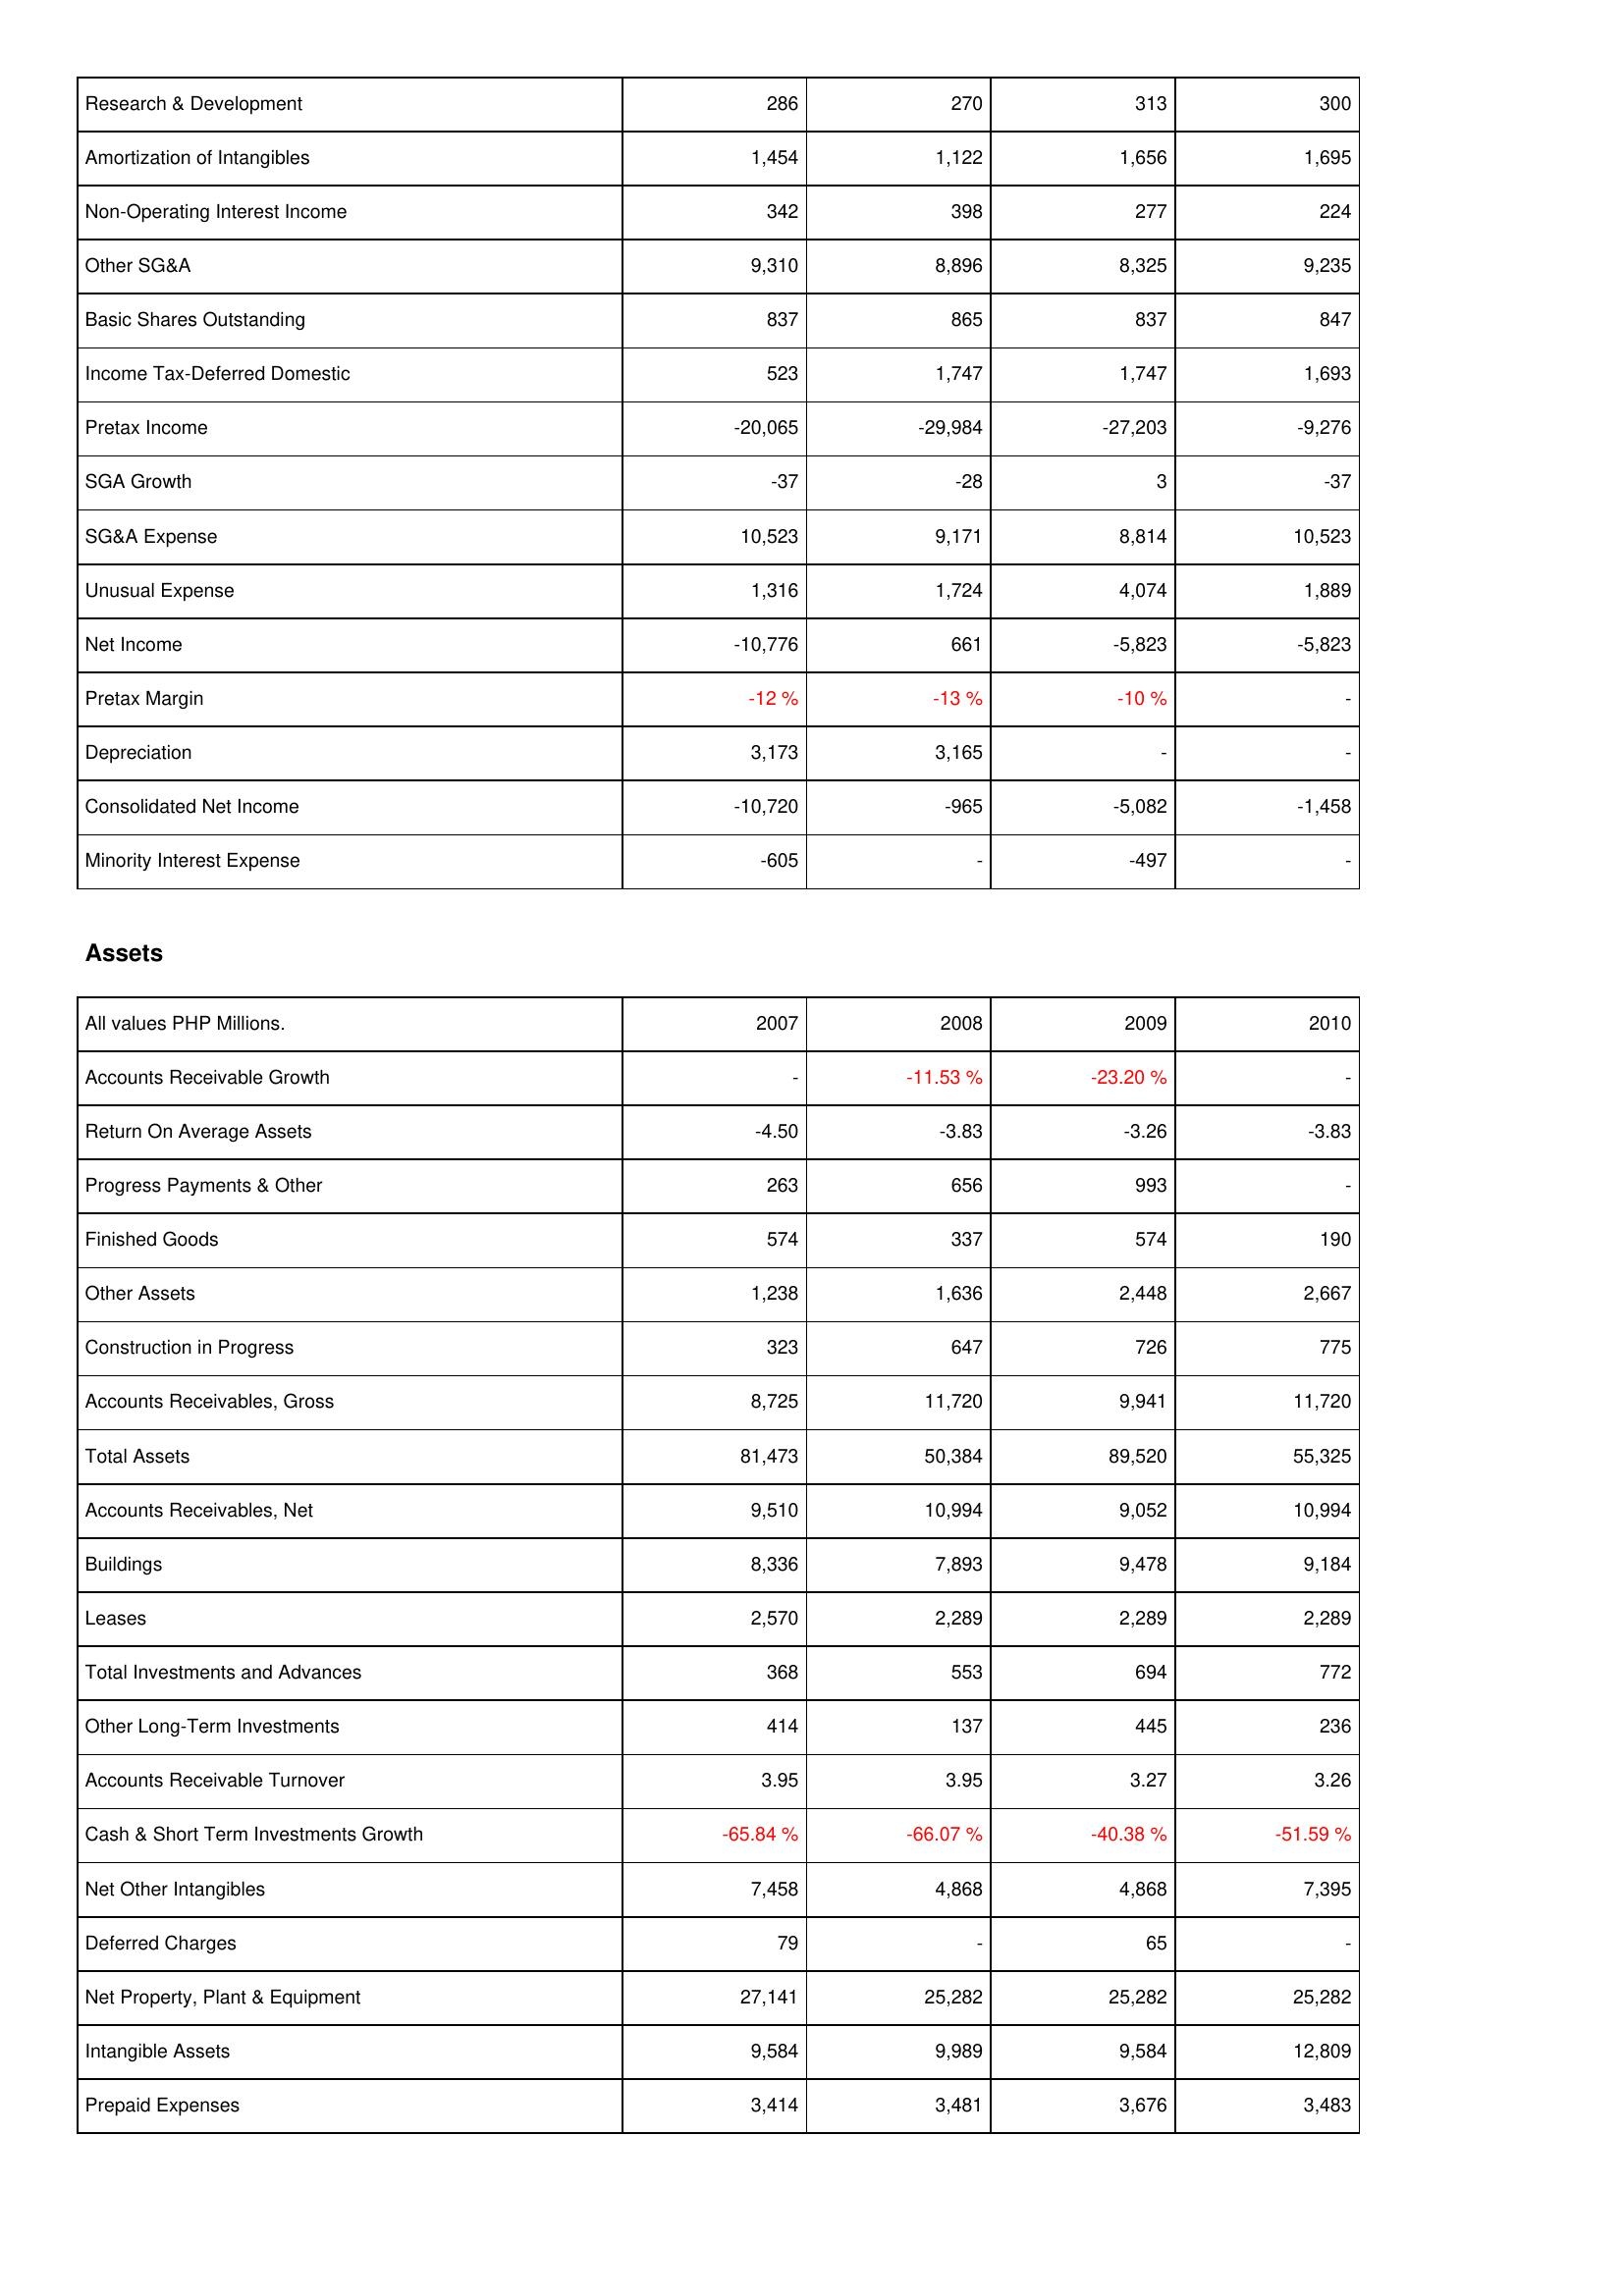
2007: Income Statement: Research & Development: 286
Amortization of Intangibles: 1,454
Non-Operating Interest Income: 342
Other SG&A: 9,310
Basic Shares Outstanding: 837
Income Tax-Deferred Domestic: 523
Pretax Income: -20,065
SGA Growth: -37
SG&A Expense: 10,523
Unusual Expense: 1,316
Net Income: -10,776
Pretax Margin: -12 %
Depreciation: 3,173
Consolidated Net Income: -10,720
Minority Interest Expense: -605
Assets: Accounts Receivable Growth: -
Return On Average Assets: -4.50
Progress Payments & Other: 263
Finished Goods: 574
Other Assets: 1,238
Construction in Progress: 323
Accounts Receivables, Gross: 8,725
Total Assets: 81,473
Accounts Receivables, Net: 9,510
Buildings: 8,336
Leases: 2,570
Total Investments and Advances: 368
Other Long-Term Investments: 414
Accounts Receivable Turnover: 3.95
Cash & Short Term Investments Growth: -65.84 %
Net Other Intangibles: 7,458
Deferred Charges: 79
Net Property, Plant & Equipment: 27,141
Intangible Assets: 9,584
Prepaid Expenses: 3,414
2008: Income Statement: Research & Development: 270
Amortization of Intangibles: 1,122
Non-Operating Interest Income: 398
Other SG&A: 8,896
Basic Shares Outstanding: 865
Income Tax-Deferred Domestic: 1,747
Pretax Income: -29,984
SGA Growth: -28
SG&A Expense: 9,171
Unusual Expense: 1,724
Net Income: 661
Pretax Margin: -13 %
Depreciation: 3,165
Consolidated Net Income: -965
Minority Interest Expense: -
Assets: Accounts Receivable Growth: -11.53 %
Return On Average Assets: -3.83
Progress Payments & Other: 656
Finished Goods: 337
Other Assets: 1,636
Construction in Progress: 647
Accounts Receivables, Gross: 11,720
Total Assets: 50,384
Accounts Receivables, Net: 10,994
Buildings: 7,893
Leases: 2,289
Total Investments and Advances: 553
Other Long-Term Investments: 137
Accounts Receivable Turnover: 3.95
Cash & Short Term Investments Growth: -66.07 %
Net Other Intangibles: 4,868
Deferred Charges: -
Net Property, Plant & Equipment: 25,282
Intangible Assets: 9,989
Prepaid Expenses: 3,481
2009: Income Statement: Research & Development: 313
Amortization of Intangibles: 1,656
Non-Operating Interest Income: 277
Other SG&A: 8,325
Basic Shares Outstanding: 837
Income Tax-Deferred Domestic: 1,747
Pretax Income: -27,203
SGA Growth: 3
SG&A Expense: 8,814
Unusual Expense: 4,074
Net Income: -5,823
Pretax Margin: -10 %
Depreciation: -
Consolidated Net Income: -5,082
Minority Interest Expense: -497
Assets: Accounts Receivable Growth: -23.20 %
Return On Average Assets: -3.26
Progress Payments & Other: 993
Finished Goods: 574
Other Assets: 2,448
Construction in Progress: 726
Accounts Receivables, Gross: 9,941
Total Assets: 89,520
Accounts Receivables, Net: 9,052
Buildings: 9,478
Leases: 2,289
Total Investments and Advances: 694
Other Long-Term Investments: 445
Accounts Receivable Turnover: 3.27
Cash & Short Term Investments Growth: -40.38 %
Net Other Intangibles: 4,868
Deferred Charges: 65
Net Property, Plant & Equipment: 25,282
Intangible Assets: 9,584
Prepaid Expenses: 3,676
2010: Income Statement: Research & Development: 300
Amortization of Intangibles: 1,695
Non-Operating Interest Income: 224
Other SG&A: 9,235
Basic Shares Outstanding: 847
Income Tax-Deferred Domestic: 1,693
Pretax Income: -9,276
SGA Growth: -37
SG&A Expense: 10,523
Unusual Expense: 1,889
Net Income: -5,823
Pretax Margin: -
Depreciation: -
Consolidated Net Income: -1,458
Minority Interest Expense: -
Assets: Accounts Receivable Growth: -
Return On Average Assets: -3.83
Progress Payments & Other: -
Finished Goods: 190
Other Assets: 2,667
Construction in Progress: 775
Accounts Receivables, Gross: 11,720
Total Assets: 55,325
Accounts Receivables, Net: 10,994
Buildings: 9,184
Leases: 2,289
Total Investments and Advances: 772
Other Long-Term Investments: 236
Accounts Receivable Turnover: 3.26
Cash & Short Term Investments Growth: -51.59 %
Net Other Intangibles: 7,395
Deferred Charges: -
Net Property, Plant & Equipment: 25,282
Intangible Assets: 12,809
Prepaid Expenses: 3,483